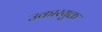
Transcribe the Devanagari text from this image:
उकारयुक्त